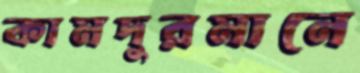
কামদুরমানে